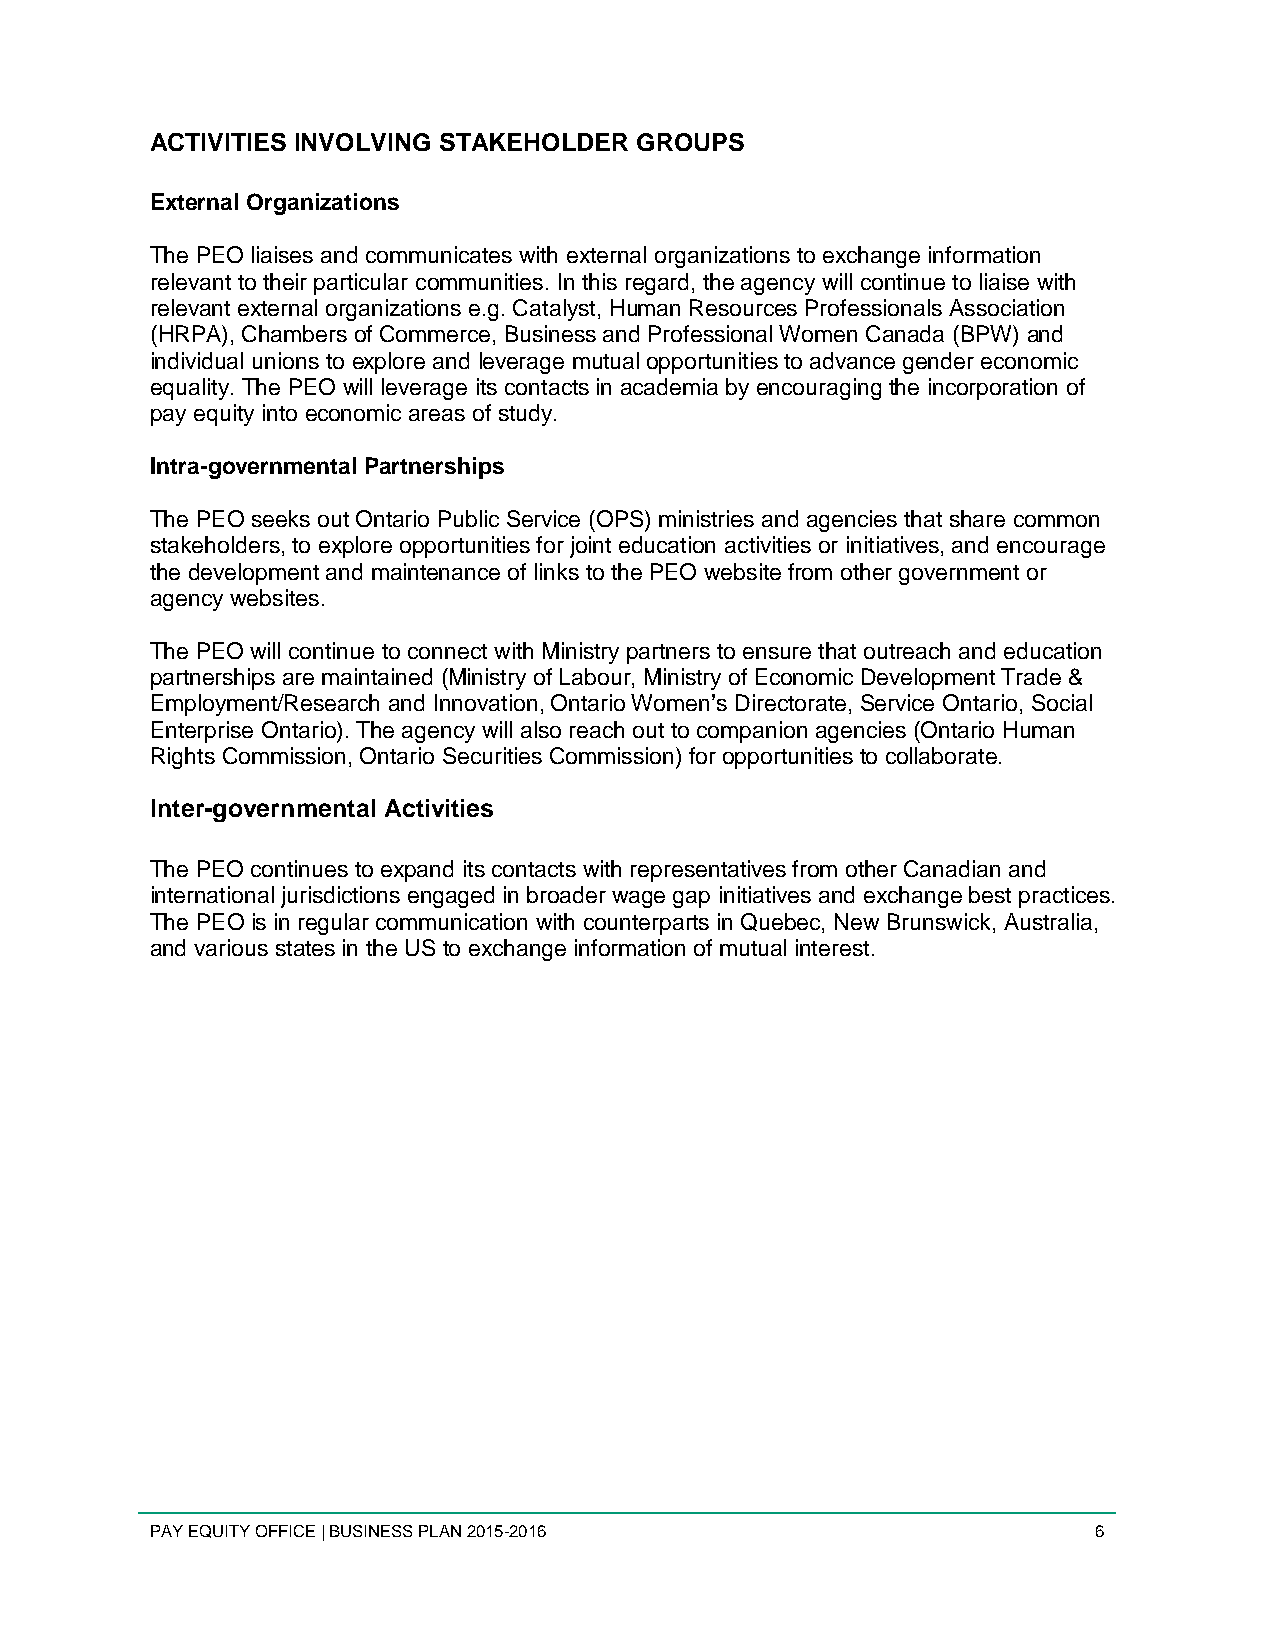
ACTIVITIES INVOLVING STAKEHOLDER GROUPS
 External Organizations
 The PEO liaises and communicates with external organizations to exchange information
 relevant to their particular communities. In this regard, the agency will continue to liaise with
 relevant external organizations e.g. Catalyst, Human Resources Professionals Association
 (HRPA), Chambers of Commerce, Business and Professional Women Canada (BPW) and
 individual unions to explore and leverage mutual opportunities to advance gender economic
 equality. The PEO will leverage its contacts in academia by encouraging the incorporation of
 pay equity into economic areas of study.
 Intra-governmental Partnerships
 The PEO seeks out Ontario Public Service (OPS) ministries and agencies that share common
 stakeholders, to explore opportunities for joint education activities or initiatives, and encourage
 the development and maintenance of links to the PEO website from other government or
 agency websites.
 The PEO will continue to connect with Ministry partners to ensure that outreach and education
 partnerships are maintained (Ministry of Labour, Ministry of Economic Development Trade &
 Employment/Research and Innovation, Ontario Women’s Directorate, Service Ontario, Social
 Enterprise Ontario). The agency will also reach out to companion agencies (Ontario Human
 Rights Commission, Ontario Securities Commission) for opportunities to collaborate.
 Inter-governmental Activities
 The PEO continues to expand its contacts with representatives from other Canadian and
 international jurisdictions engaged in broader wage gap initiatives and exchange best practices.
 The PEO is in regular communication with counterparts in Quebec, New Brunswick, Australia,
 and various states in the US to exchange information of mutual interest.
 PAY EQUITY OFFICE | BUSINESS PLAN 2015-2016                    6